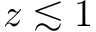
z \lesssim 1